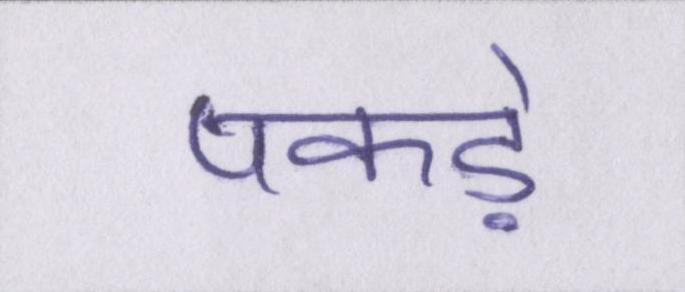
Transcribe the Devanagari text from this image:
पकड़े